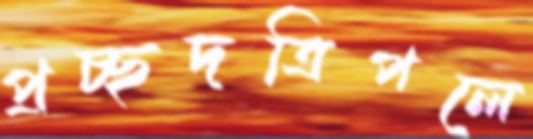
প্রচ্ছদত্রিপলে